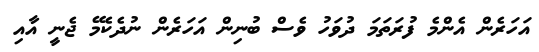
އަހަރެން އެންމެ ފުރަތަމަ ދުވަހުު ވެސް ބުނިން އަހަރެން ނުދެކެމޭ ޖެނީ އާއި